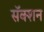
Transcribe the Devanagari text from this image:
सॅक्शन